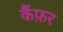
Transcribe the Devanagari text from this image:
कैंफ़र